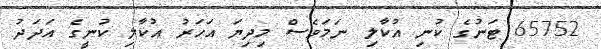
65752 ޓަނުގެ ކުނި އުކާލި ނަމަވެސް މިދިޔަ އަހަރު އުކާލި ކުނީގެ އަދަދު